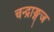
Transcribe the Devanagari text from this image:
चन्द्राङ्गज